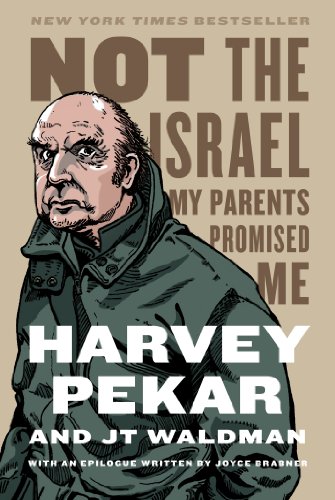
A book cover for Not the Israel My Parents Promised Me; Harvey Pekar; Biographies & Memoirs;